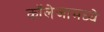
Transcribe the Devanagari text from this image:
कॉलेजामध्ये